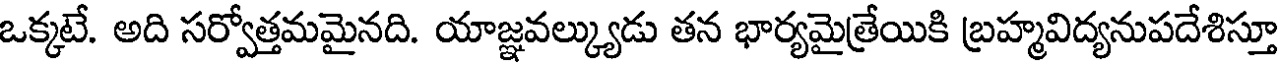
ఒక్కటే. అది సర్వోత్తమమైనది. యాజ్ఞవల్క్యుడు తన భార్యమైత్రేయికి బ్రహ్మవిద్యనుపదేశిస్తూ